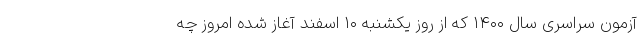
آزمون سراسری سال ۱۴۰۰ که از روز یکشنبه ۱۰ اسفند آغاز شده امروز چه